Indian journal of veterinary science and animal husbandry - Volumes 22-23, 1952-1953
Year: 1952
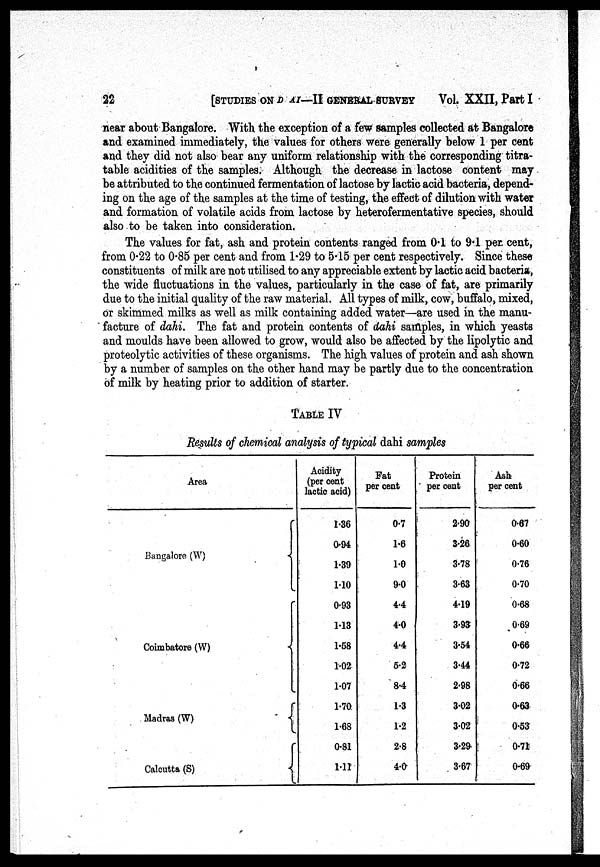
22 [STUDIES ON D AI—II GENERAL SURVEY Vol. XXII, Part I
near about Bangalore. With the exception of a few samples collected at Bangalore
and examined immediately, the values for others were generally below 1 per cent
and they did not also bear any uniform relationship with the corresponding titra-
table acidities of the samples. Although the decrease in lactose content may
be attributed to the continued fermentation of lactose by lactic acid bacteria, depend-
ing on the age of the samples at the time of testing, the effect of dilution with water
and formation of volatile acids from lactose by heterofermentative species, should
also to be taken into consideration.
The values for fat, ash and protein contents ranged from 0.1 to 9.1 per. cent,
from 0.22 to 0.85 per cent and from 1.29 to 5.15 per cent respectively. Since these
constituents of milk are not utilised to any appreciable extent by lactic acid bacteria,
the wide fluctuations in the values, particularly in the case of fat, are primarily
due to the initial quality of the raw material. All types of milk, cow, buffalo, mixed,
or skimmed milks as well as milk containing added water—are used in the manu-
facture of dahi. The fat and protein contents of dahi samples, in which yeasts
and moulds have been allowed to grow, would also be affected by the lipolytic and
proteolytic activities of these organisms. The high values of protein and ash shown
by a number of samples on the other hand may be partly due to the concentration
of milk by heating prior to addition of starter.
TABLE IV
Results of chemical analysis of typical dahi samples
Area
Bangalore (W)
Coimbatore (W)
Madras (W)
Calcutta (S)
Acidity
(per cent
lactic acid)
1.36
0.94
1.39
1.10
0.93
1.13
1.58
1.02
1.07
1.70
1.68
0.81
1.11
Fat
per cent
0.7
1.6
1.0
9.0
4.4
4.0
4.4
5.2
8.4
1.3
1.2
2.8
4.0
Protein
per cent
2.90
3.26
3.78
3.63
4.19
3.93
3.54
3.44
2.98
3.02
3.02
3.29
3.67
Ash
per cent
0.67
0.60
0.76
0.70
0.68
0.69
0.66
0.72
0.66
0.63
0.53
0.71
0.69